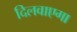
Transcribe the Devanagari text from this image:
दिलवाएगा